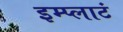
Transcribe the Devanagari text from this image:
इम्प्लाटं